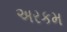
અરકમ